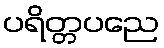
ပရိတ္တပညေ